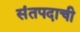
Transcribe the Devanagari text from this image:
संतपदाची